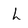
Character: L